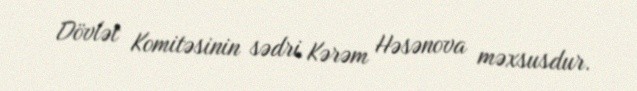
Dövlət Komitəsinin sədri Kərəm Həsənova məxsusdur.